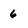
Character: 6